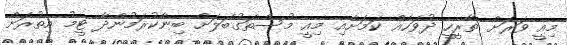
މިއީ ވަރަށް ތާރީހީ ދުވަހެއް ކަމަށާއި މިއީ މުސްތަގުބަލަށް ބިނާކުރަމުންދާ ޓީމު އިތުރަށް